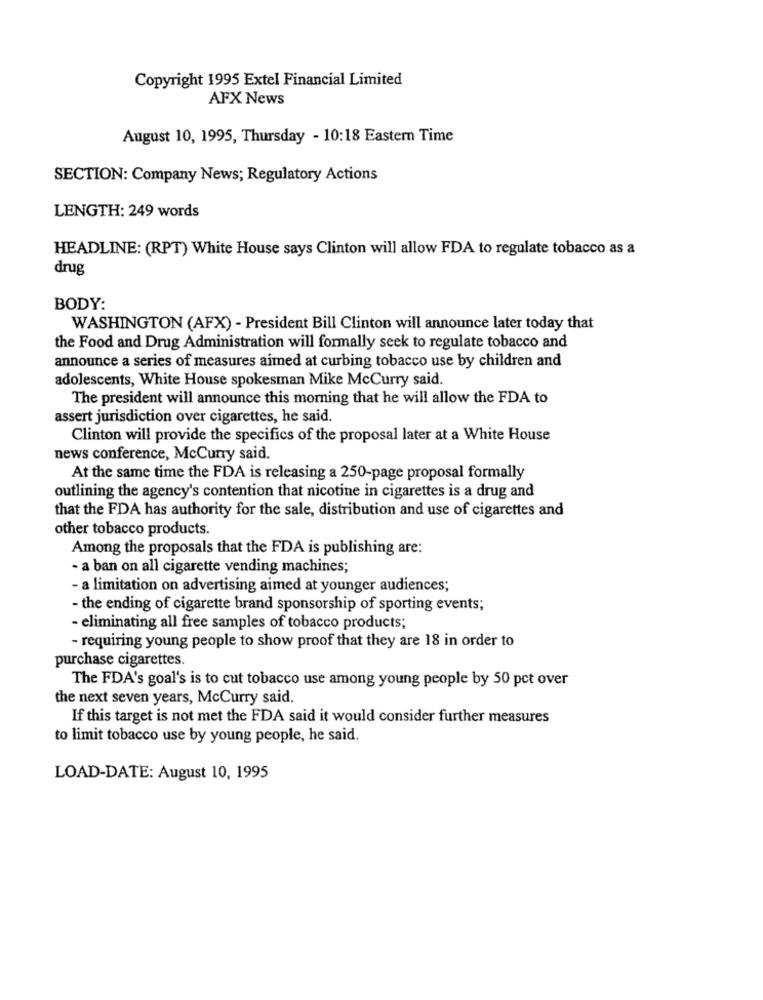
Copyright 1995 Extel Financial Limited
AFX News
August 10, 1995, Thursday - 10:18 Eastern Time
SECTION: Company News; Regulatory Actions
LENGTH: 249 words
HEADLINE: (RPT) White House says Clinton will allow FDA to regulate tobacco as a
drug
BODY:
WASHINGTON (AFX) - President Bill Clinton will announce later today that
the Food and Drug Administration will formally seek to regulate tobacco and
announce a series of measures aimed at curbing tobacco use by children and
adolescents, White House spokesman Mike McCurry said.
The president will announce this morning that he will allow the FDA to
assert jurisdiction over cigarettes, he said.
Clinton will provide the specifics of the proposal later at a White House
news conference, McCurry said.
At the same time the FDA is releasing a 250-page proposal formally
outlining the agency's contention that nicotine in cigarettes is a drug and
that the FDA has authority for the sale, distribution and use of cigarettes and
other tobacco products.
Among the proposals that the FDA is publishing are:
- a ban on all cigarette vending machines;
- a limitation on advertising aimed at younger audiences;
- the ending of cigarette brand sponsorship of sporting events;
- eliminating all free samples of tobacco products;
- requiring young people to show proof that they are 18 in order to
purchase cigarettes.
The FDA's goal's is to cut tobacco use among young people by 50 pct over
the next seven years, McCurry said.
If this target is not met the FDA said it would consider further measures
to limit tobacco use by young people, he said.
LOAD-DATE: August 10, 1995